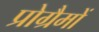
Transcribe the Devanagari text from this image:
प्रोग्रैमों